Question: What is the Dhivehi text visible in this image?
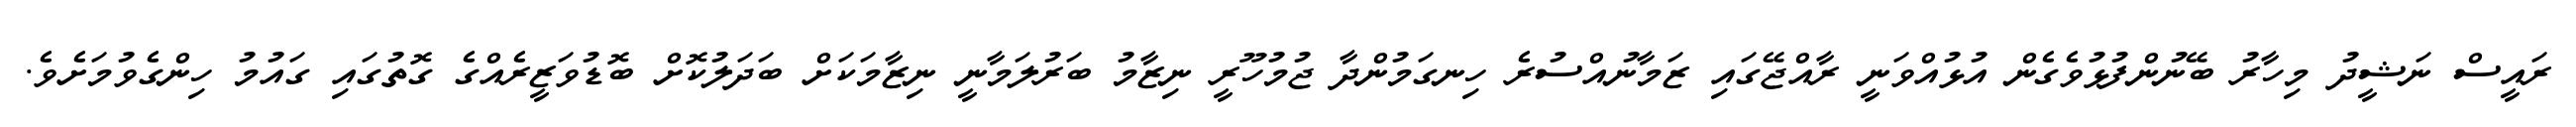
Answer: ރައީސް ނަޝީދު މިހާރު ބޭނުންފުޅުވެގެން އުޅުއްވަނީ ރާއްޖޭގައި ޒަމާނުއްސުރެ ހިނގަމުންދާ ޖުމުހޫރީ ނިޒާމު ބަރުލަމާނީ ނިޒާމަކަށް ބަދަލުކޮށް ބޮޑުވަޒީރެއްގެ ގޮތުގައި ގައުމު ހިންގެވުމަށެވެ.